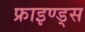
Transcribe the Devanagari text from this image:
फ्राइण्ड्स